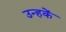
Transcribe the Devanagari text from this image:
उन्हकें